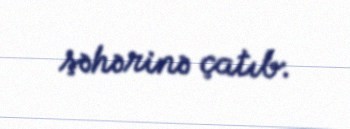
şəhərinə çatıb.